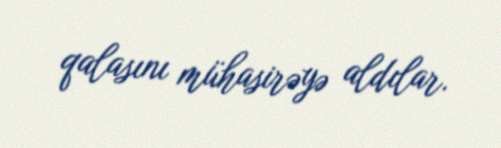
qalasını mühasirəyə aldılar.